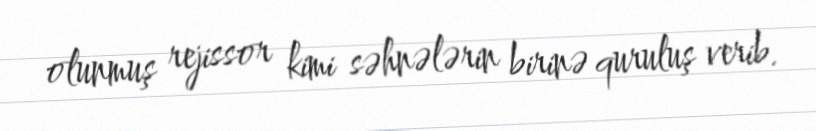
olunmuş rejissor kimi səhnələrin birinə quruluş verib.